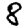
Digit: 8